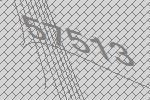
57513